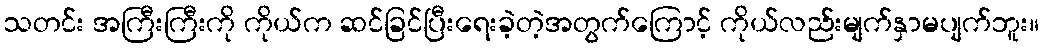
သတင်း အကြီးကြီးကို ကိုယ်က ဆင်ခြင်ပြီးရေးခဲ့တဲ့အတွက်ကြောင့် ကိုယ်လည်းမျက်နှာမပျက်ဘူး။